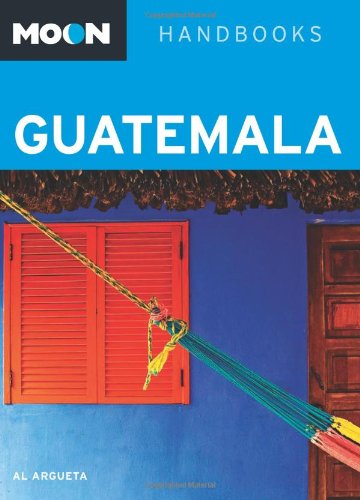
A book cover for Moon Guatemala (Moon Handbooks); Al Argueta; Travel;